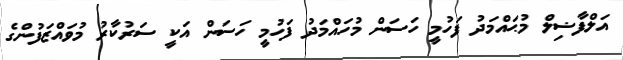
އަލްފާޟިލް މުޙައްމަދު ފަހުމީ ހަސަން މުހައްމަދު ފަހުމީ ހަސަން އަކީ ސަރުކާރު މުވައްޒަފުންގެ